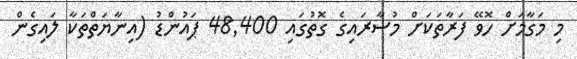
މި މަގާމަށް ހޮވޭ ފަރާތަކަށް މުސާރައިގެ ގޮތުގައި 48